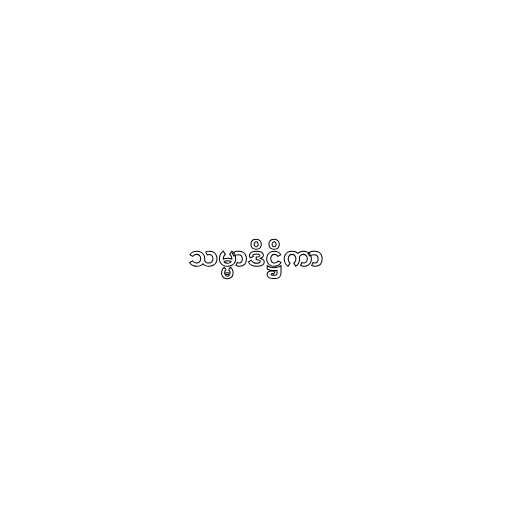
သမ္မာဒိဋ္ဌိကာ